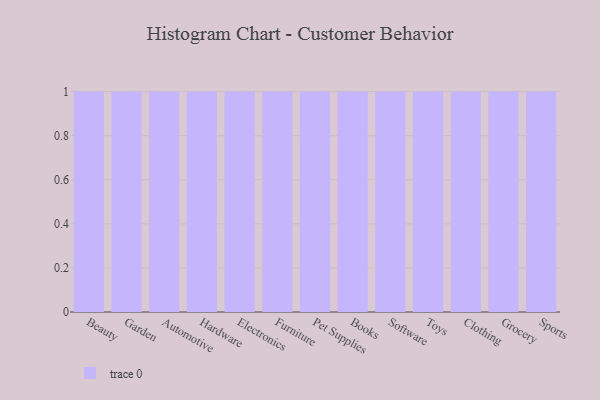
{"axis": {"x": "Category", "y": "Net Income (USD K)"}, "legend": [""], "data": [{"x": "Beauty", "y": 41, "type": ""}, {"x": "Garden", "y": 87, "type": ""}, {"x": "Automotive", "y": 100, "type": ""}, {"x": "Hardware", "y": 48, "type": ""}, {"x": "Electronics", "y": 11, "type": ""}, {"x": "Furniture", "y": 96, "type": ""}, {"x": "Pet Supplies", "y": 8, "type": ""}, {"x": "Books", "y": 52, "type": ""}, {"x": "Software", "y": 75, "type": ""}, {"x": "Toys", "y": 17, "type": ""}, {"x": "Clothing", "y": 15, "type": ""}, {"x": "Grocery", "y": 98, "type": ""}, {"x": "Sports", "y": 38, "type": ""}]}